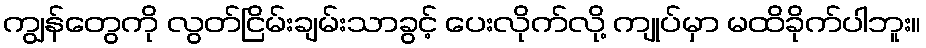
ကျွန်တွေကို လွတ်ငြိမ်းချမ်းသာခွင့် ပေးလိုက်လို့ ကျုပ်မှာ မထိခိုက်ပါဘူး။